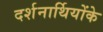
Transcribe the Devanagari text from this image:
दर्शनार्थियोंके